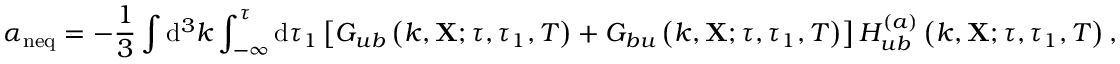
\alpha _ { \mathrm { n e q } } = - \frac { 1 } { 3 } \int \mathrm { d } ^ { 3 } k \int _ { - \infty } ^ { \tau } \mathrm { d } \tau _ { 1 } \left[ G _ { u b } \left( k , \mathbf { X } ; \tau , \tau _ { 1 } , T \right) + G _ { b u } \left( k , \mathbf { X } ; \tau , \tau _ { 1 } , T \right) \right] H _ { u b } ^ { ( a ) } \left( k , \mathbf { X } ; \tau , \tau _ { 1 } , T \right) ,